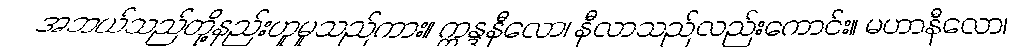
အဘယ်သည်တို့နည်းဟူမူသည်ကား။ ဣန္ဒနီလော၊ နီလာသည်လည်းကောင်း။ မဟာနီလော၊